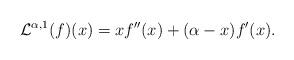
LaTeX: \begin{align*}\mathcal{L}^{\alpha,1} (f)(x) = x f''(x) + (\alpha -x) f'(x).\end{align*}